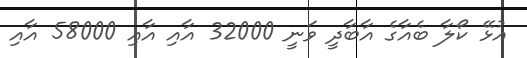
އުޅޭ ކޯލާ ބެއާގެ އާބާދީ ވަނީ 32000 އާއި އާއި 58000 އާއި